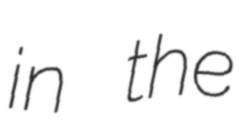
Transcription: in the